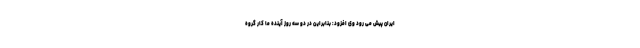
ایران پیش می رود وی افزود: بنابراین در دو سه روز آینده ما کار گروه